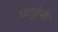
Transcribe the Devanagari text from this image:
पटङ्गेनी